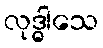
လုဒ္ဓါသေ